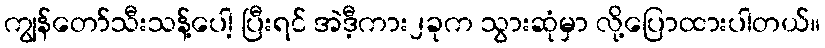
ကျွန်တော်သီးသန့်ပေါ့ ပြီးရင် အဲဒီ့ကား၂ခုက သွားဆုံမှာ လို့ပြောထားပါတယ်။